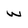
Character: w